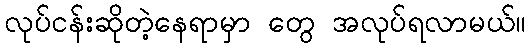
လုပ်ငန်းဆိုတဲ့နေရာမှာ တွေ အလုပ်ရလာမယ်။